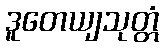
ဒူတေယျသုတ္တံ